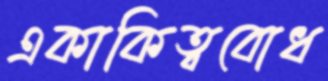
একাকিত্ববোধ